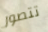
تتصور